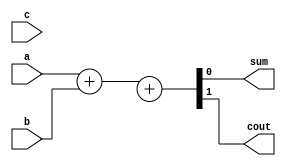
module full_adder(
input a,b,c,
output reg sum,cout
    );
  always@(a or b or c) begin
    {cout,sum} = a + b+ cin;
  end
endmodule